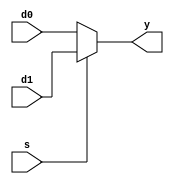
module mux2(d0, d1, s, y);

        input [7:0] d0, d1;

        input s;

        output [7:0] y;

        assign y = s ? d1 : d0; // if s=1, y=d1, else y=d0

endmodule